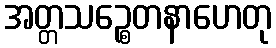
အတ္တသဉ္စေတနာဟေတု